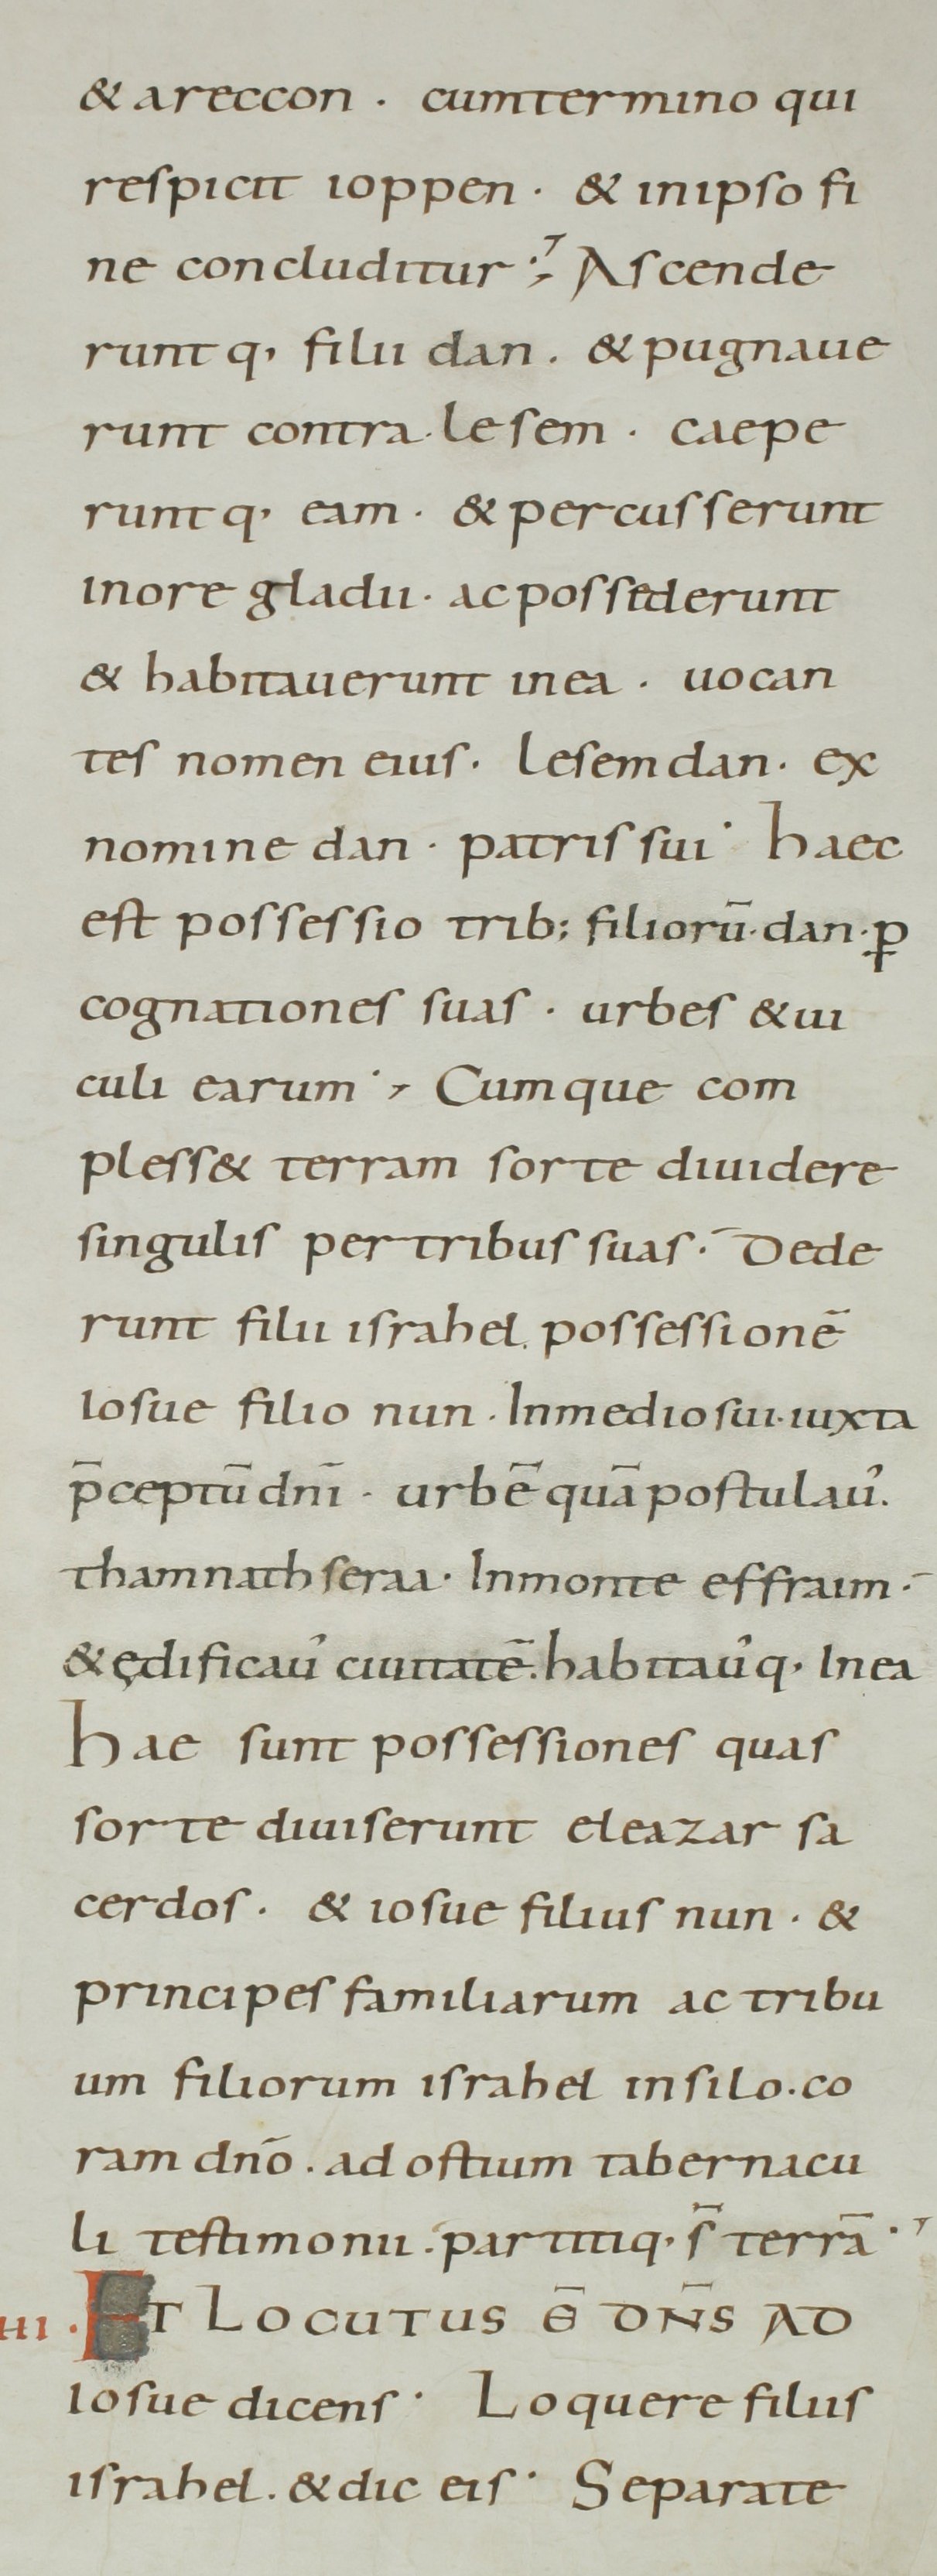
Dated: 800–899